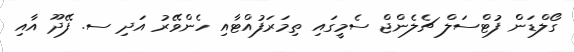
ގޯލްޑަން ފުޓްސަލް ޗެލެންޖް ސެމީގައި ތިމަރަފުއްޓާއި ހެންވޭރު އަދި ސ. ފޭދޫ އާއި